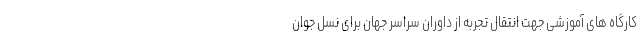
کارگاه های آموزشی جهت انتقال تجربه از داوران سراسر جهان برای نسل جوان